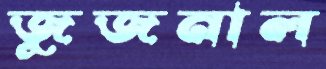
জুজনাল